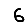
Digit: 6